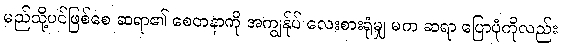
မည်သို့ပင်ဖြစ်စေ ဆရာ၏ စေတနာကို အကျွန်ုပ် လေးစားရုံမျှ မက ဆရာ ပြောပုံကိုလည်း